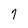
Character: 7